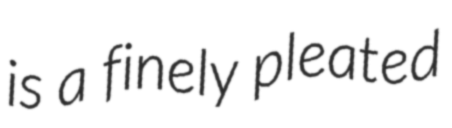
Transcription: is a finely pleated